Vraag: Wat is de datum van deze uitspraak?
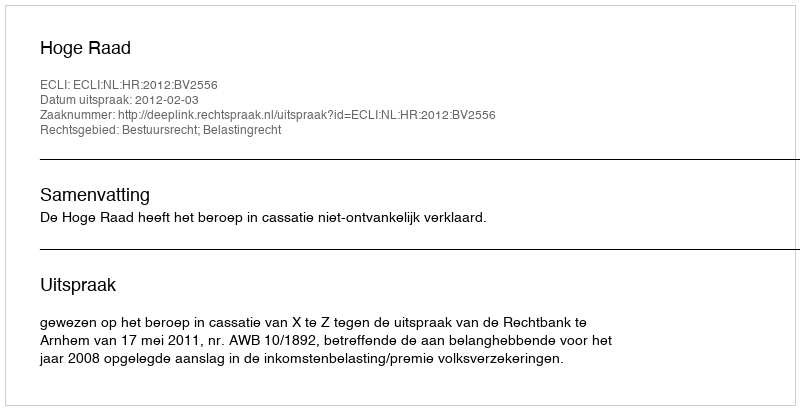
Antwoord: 2012-02-03